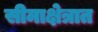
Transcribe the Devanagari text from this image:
सीमाक्षेत्रात